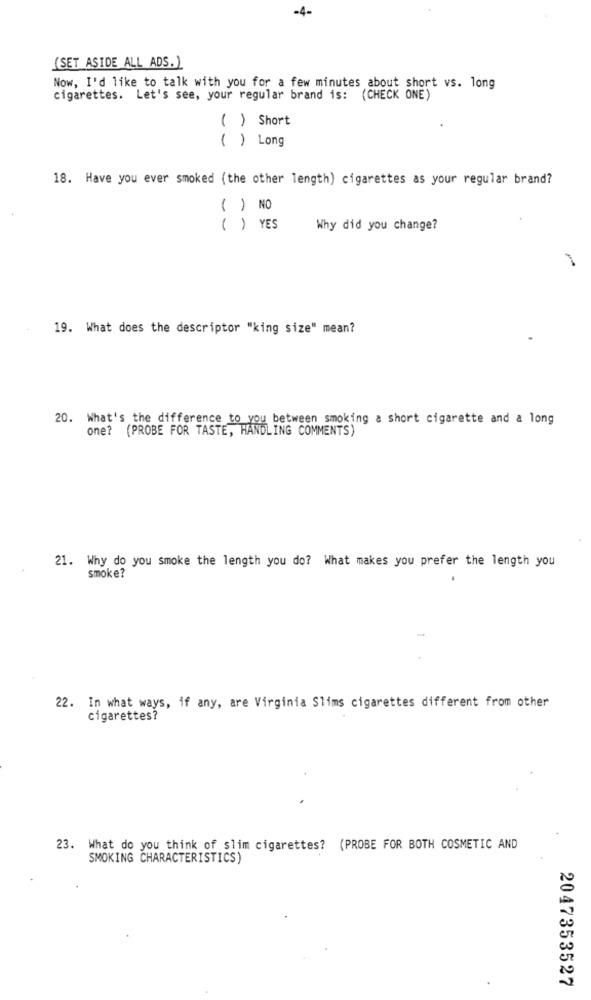
-4-
(SET ASIDE ALL ADS.)
Now, I'd like to talk with you for a few minutes about short vs. long
cigarettes. Let's see, your regular brand is: (CHECK ONE)
( ) Short
( ) Long
18. Have you ever smoked (the other length) cigarettes as your regular brand?
( ) NO
( ) YES
Why did you change?
19. What does the descriptor "king size" mean?
20. What's the difference to you between smoking a short cigarette and a long
one? (PROBE FOR TASTE, HANDLING COMMENTS)
21. Why do you smoke the length you do? What makes you prefer the length you
smoke?
22. In what ways, if any, are Virginia Slims cigarettes different from other
cigarettes?
23. What do you think of slim cigarettes? (PROBE FOR BOTH COSMETIC AND
SMOKING CHARACTERISTICS)
2047353527